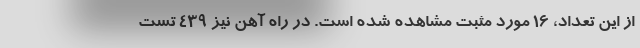
از این تعداد، ۱۶ مورد مثبت مشاهده شده است. در راه آهن نیز ۴۳۹ تست